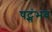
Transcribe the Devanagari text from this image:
षट्संभव